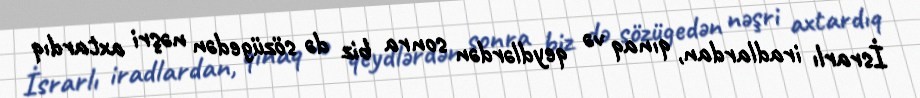
İsrarlı iradlardan, qınaq və qeydlərdən sonra biz də sözügedən nəşri axtardıq